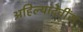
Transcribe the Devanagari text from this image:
अहिल्यादेवींस